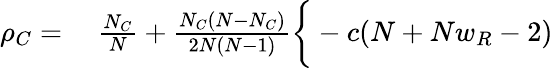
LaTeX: \begin{array}{rl}{\rho_{C}=}&{{}~\frac{N_{C}}{N}+\frac{N_{C}(N-N_{C})}{2N(N-1)}\bigg\{ -c(N+Nw_{R}-2)}\end{array}